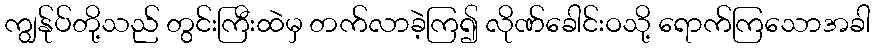
ကျွန်ုပ်တို့သည် တွင်းကြီးထဲမှ တက်လာခဲ့ကြ၍ လိုဏ်ခေါင်းဝသို့ ရောက်ကြသောအခါ